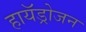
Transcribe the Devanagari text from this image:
हायॅड्रोजन